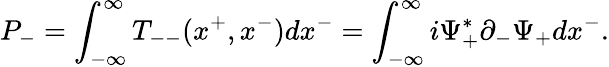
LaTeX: P_{-}=\int_{-{\infty}}^{\infty}T_{--}(x^{+},x^{-})dx^{-}=\int_{-{\infty}}^{\infty}i{\Psi}_{+}^{\ast}{\partial}_{-}{\Psi}_{+}dx^{-}.